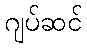
ဂျပ်ဆင်